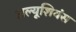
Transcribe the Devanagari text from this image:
अल्यूशियंस